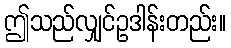
ဤသည်လျှင်ဥဒါန်းတည်း။